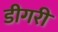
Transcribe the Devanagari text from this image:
डीगरी